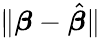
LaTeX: \| {\boldsymbol{\beta}}-{\hat{\boldsymbol{\beta}}}\|